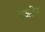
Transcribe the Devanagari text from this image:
एज़रीन